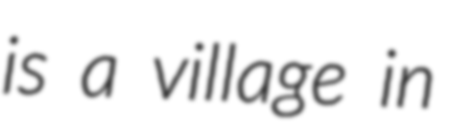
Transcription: is a village in